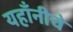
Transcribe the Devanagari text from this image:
यहाँनीचे